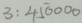
3 : 4 5 0 0 0 0